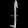
Digit: ၂